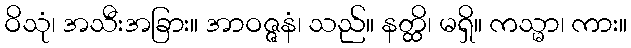
ဝိသုံ၊ အသီးအခြား။ အာဝဇ္ဇနံ၊ သည်။ နတ္ထိ၊ မရှိ။ ကသ္မာ၊ ကား။